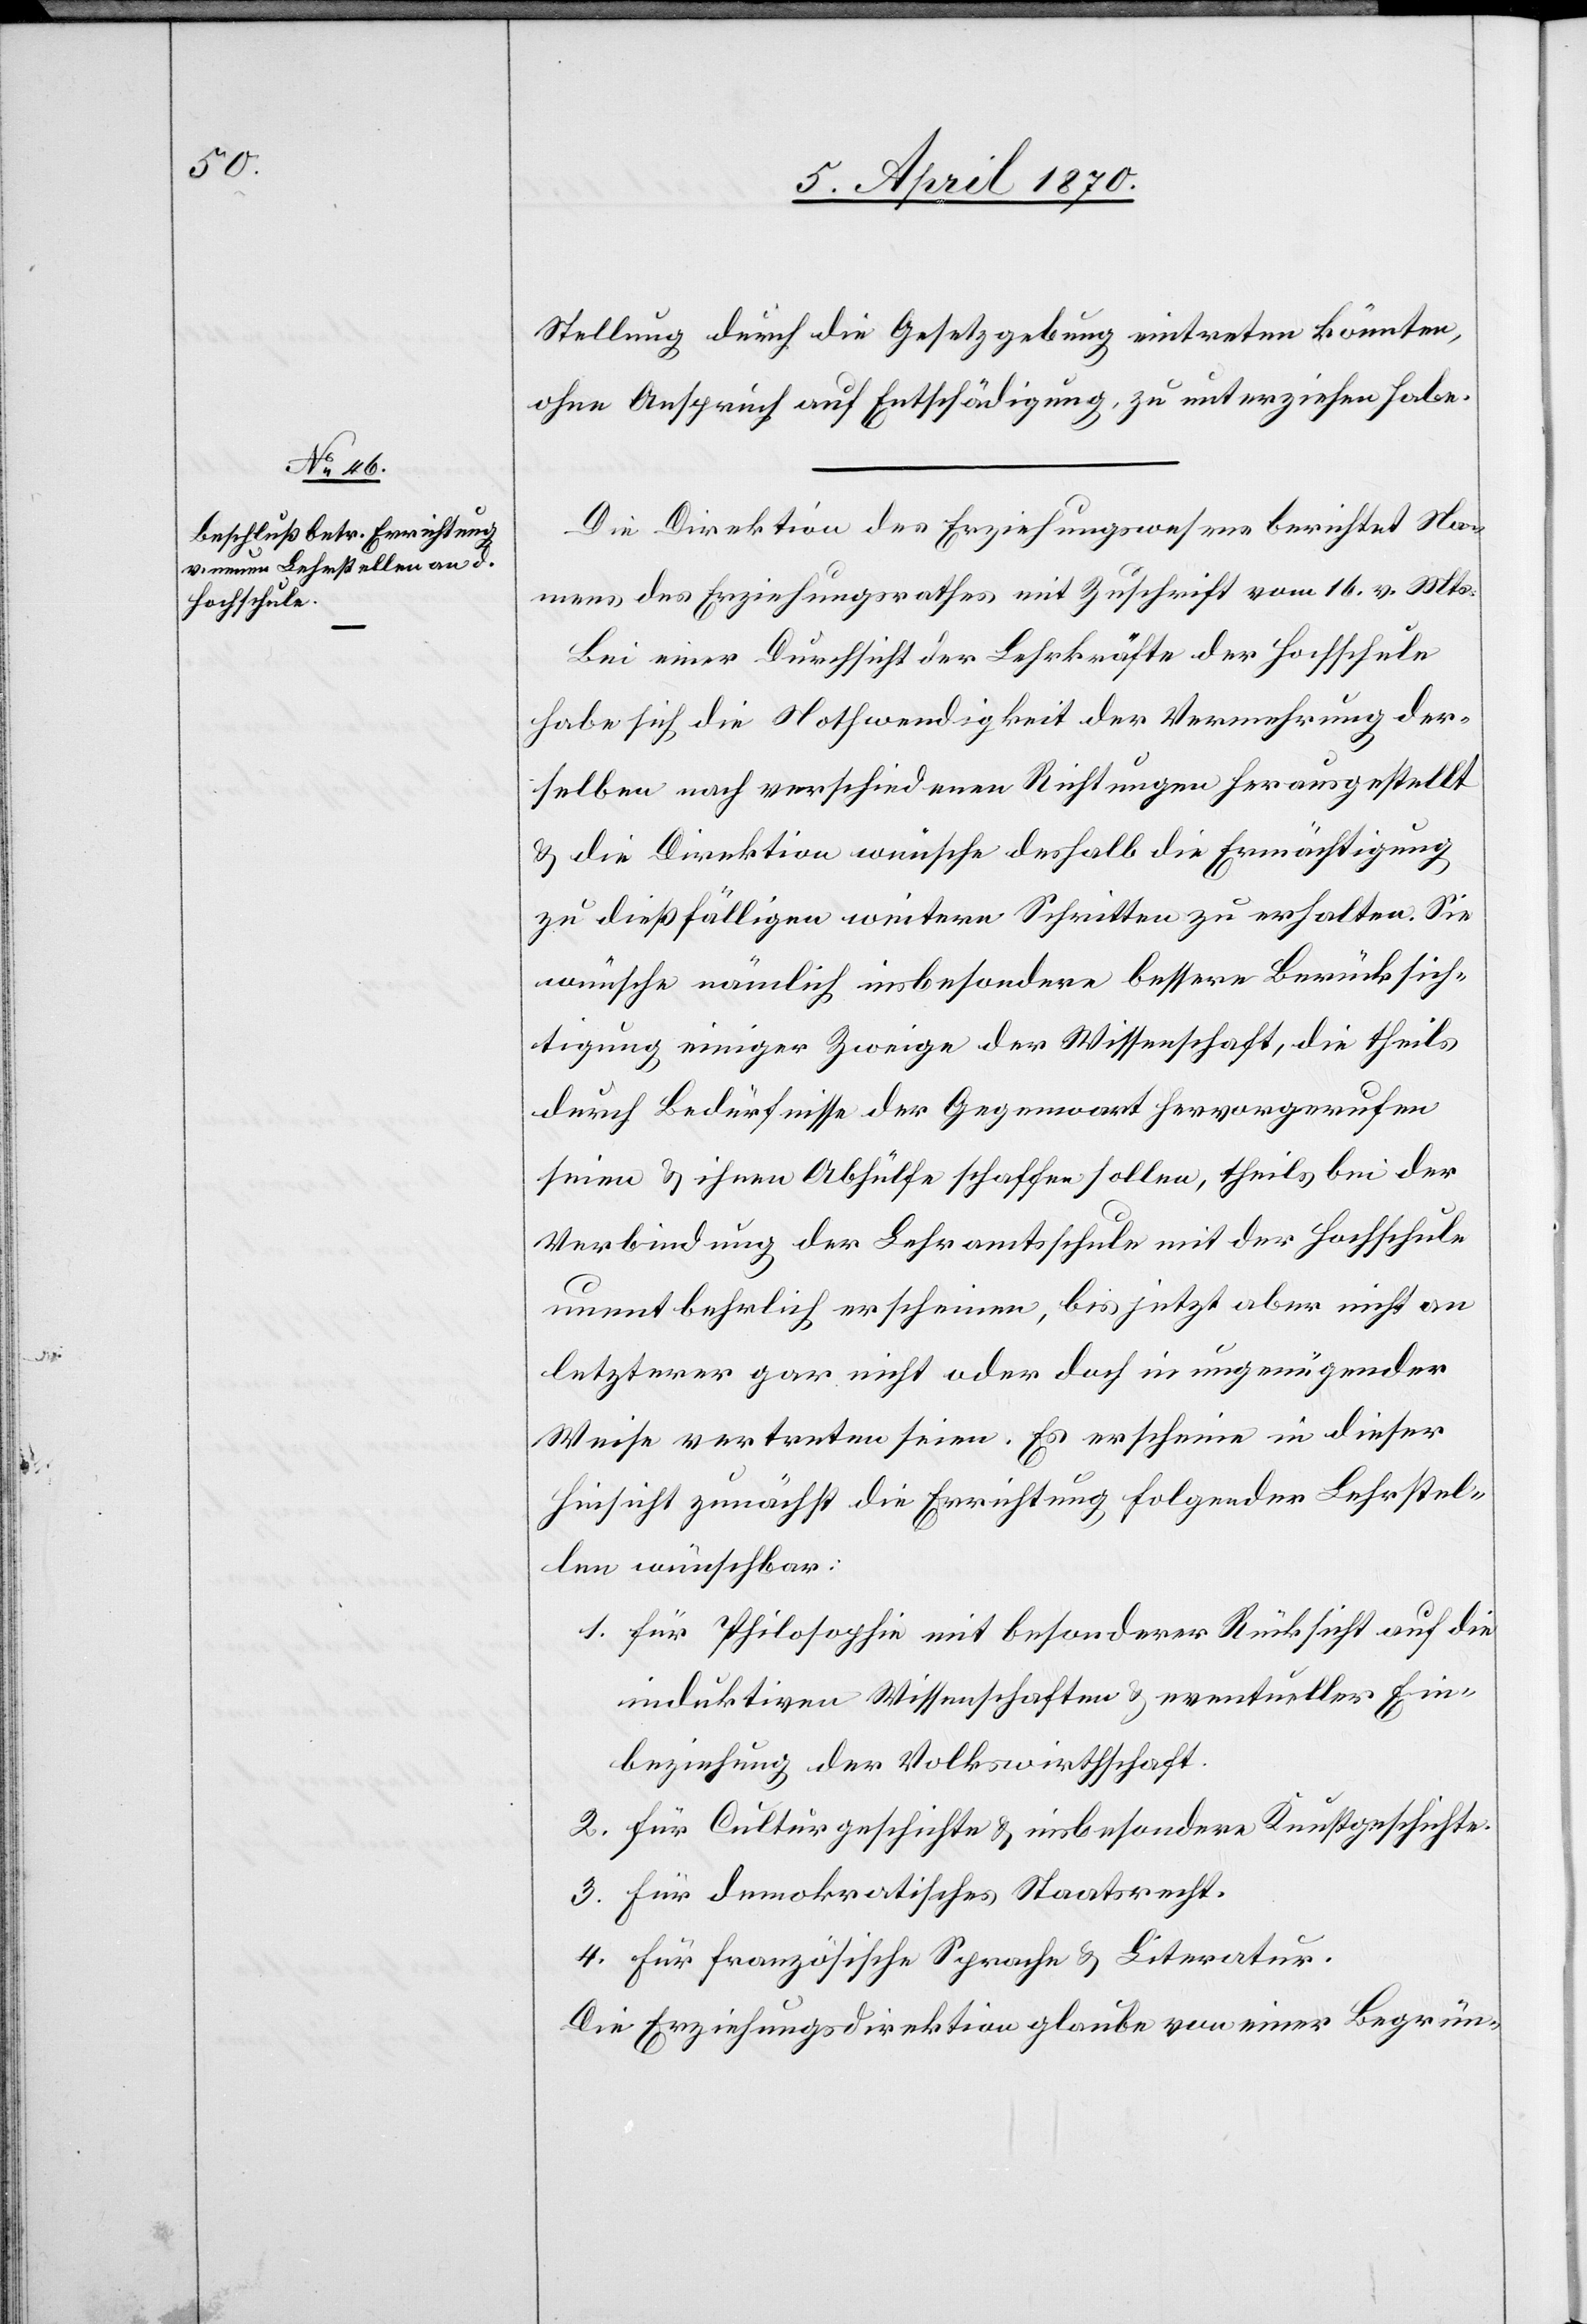
Stellung durch die Gesetzgebung eintreten könnten,
ohne Anspruch auf Entschädigung, zu unterziehen habe.
Die Direktion des Erziehungswesens berichtet Na¬
mens des Erziehungsrathes mit Zuschrift vom 16. vor. Mts.:
Bei einer Durchsicht der Lehrkräfte der Hochschule
habe sich die Nothwendigkeit der Vermehrung der¬
selben nach verschiedenen Richtungen herausgestellt
& die Direktion wünsche deshalb die Ermächtigung
zu dießfälligen weitern Schritten zu erhalten. Sie
wünsche nämlich insbesondere bessere Berücksich¬
tigung einiger Zweige der Wissenschaft, die theils
durch Bedürfnisse der Gegenwart hervorgerufen
seien & ihnen Abhülfe schaffen sollen, theils bei der
Verbindung der Lehramtsschule mit der Hochschule
unentbehrlich erscheinen, bis jetzt aber nicht[,] an
letzterer gar nicht[,] oder doch in ungenügender
Weise vertreten seien. Es erscheine in dieser
Hinsicht zunächst die Errichtung folgender Lehrstel¬
len wünschbar:
1. für Philosophie mit besonderer Rücksicht auf die
induktiven Wissenschaften & eventueller Ein¬
beziehung der Volkswirthschaft.
2. Für Culturgeschichte & insbesondere Kunstgeschichte.
3. für demokratisches Staatsrecht.
4. für französische Sprache & Literatur.
Die Erziehungsdirektion glaube von einer Begrün-